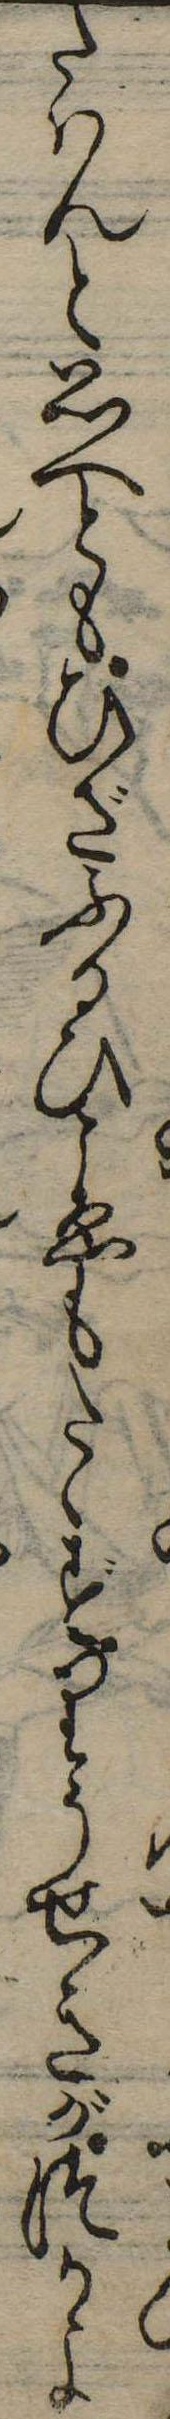
たはんと思へともひざふるひこゑもたゝずりうせきがつかよ